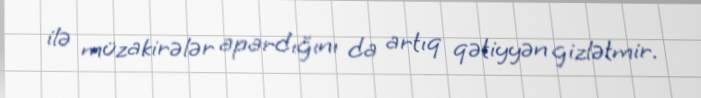
ilə müzakirələr apardığını da artıq qətiyyən gizlətmir.